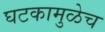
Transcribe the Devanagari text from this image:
घटकामुळेच